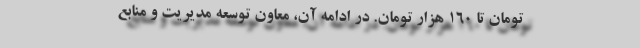
تومان تا ۱۶۰ هزار تومان. در ادامه آن، معاون توسعه مدیریت و منابع